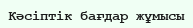
Кәсіптік бағдар жұмысы